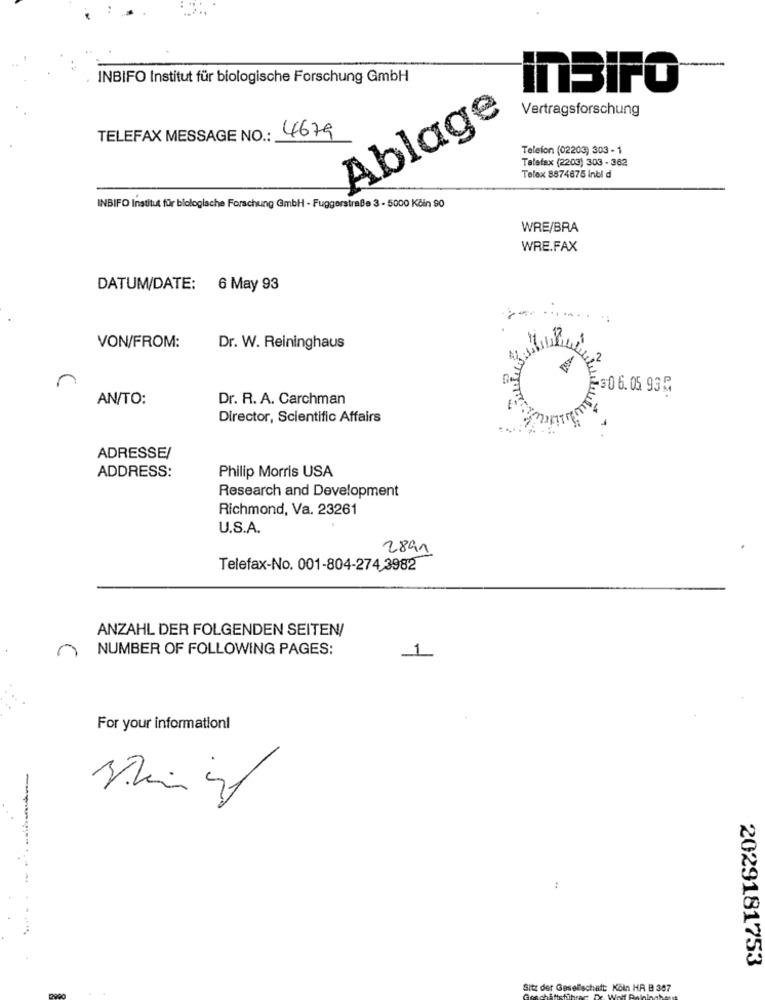
INBIFO Institut für biologische Forschung GmbH
InBIFO
Vertragsforschung
Ablage
TELEFAX MESSAGE NO .: 4679
Telefon (02203) 303 - 1
Telefax (2203) 303 - 362
Telex 8874675 Inbl d
INBIFO Institut für blologische Forschung GmbH - Fuggerstraße 3 - 5000 Kčin 90
WRE/BRA
WRE.FAX
DATUM/DATE: 6 May 93
VON/FROM:
Dr. W. Reininghaus
n
230 6.05 93₽
AN/TO:
Dr. R. A. Carchman
Director, Scientific Affairs
ADRESSE/
Philip Morris USA
ADDRESS:
Research and Development
Richmond, Va. 23261
U.S.A.
2891
Telefax-No. 001-804-274,3982
ANZAHL DER FOLGENDEN SEITEN/
NUMBER OF FOLLOWING PAGES:
For your information!
5
:
2029181753
Sitz der Gesellschaft Koln HR B 387